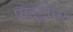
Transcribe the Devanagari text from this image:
पोल्ट्रोना